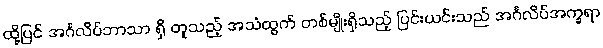
ထို့ပြင် အင်္ဂလိပ်ဘာသာ ရှိ တူသည့် အသံထွက် တစ်မျိုးရှိသည့် ပြင်းယင်းသည် အင်္ဂလိပ်အက္ခရာ